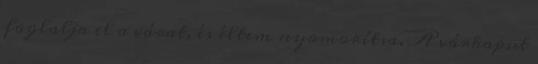
foglalja el a várat, és éltem nyomorítsa. A várkaput